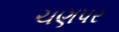
ચણપર